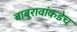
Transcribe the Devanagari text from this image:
बाबूरावांकडेच